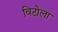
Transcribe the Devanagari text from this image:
विटोला